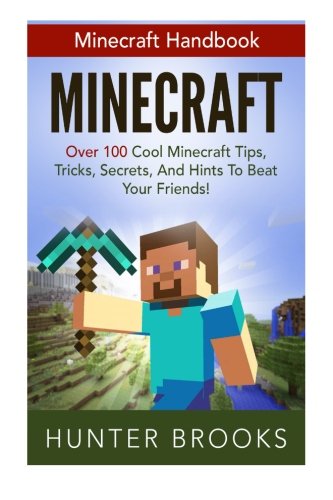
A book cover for Minecraft: Minecraft Handbook - Over 100 Cool Minecraft Tips, Tricks, Secrets, And Hints To Beat Your Friends (How To Play Minecraft, Minecraft Mods); Hunter Brooks; Humor & Entertainment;